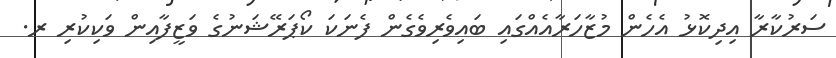
ސަރުކާރާ އިދިކޮޅު އެހެން މުޒާހަރާއެއްގައި ބައިވެރިވެގެން ފެނަކަ ކޯޕަރޭޝަނުގެ ވަޒީފާއިން ވަކިކުރި ރ.